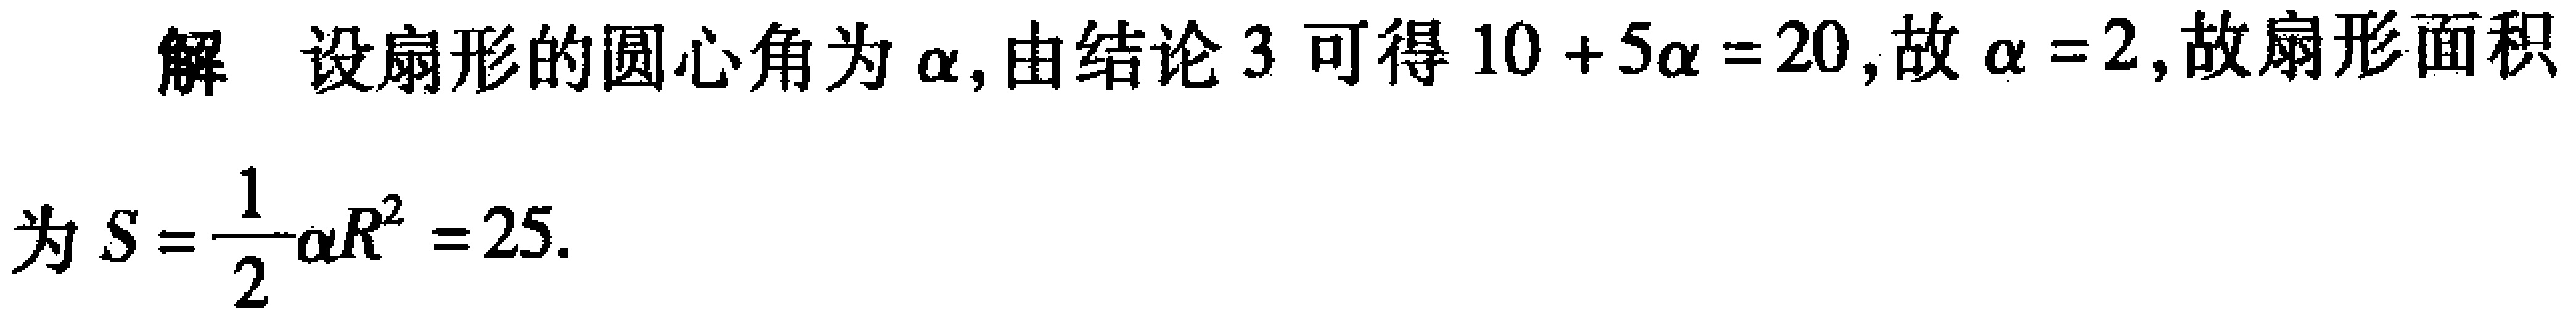
解 设扇形的圆心角为\(\alpha\)，由结论 3 可得\(10 + 5\alpha = 20\)，故\(\alpha = 2\)，故扇形面积为\(S = \frac{1}{2}\alpha R^{2} = 25\).